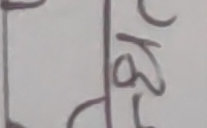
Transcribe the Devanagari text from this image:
ठ